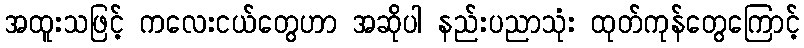
အထူးသဖြင့် ကလေးငယ်တွေဟာ အဆိုပါ နည်းပညာသုံး ထုတ်ကုန်တွေကြောင့်